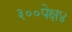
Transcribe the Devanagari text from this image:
३००पेक्ष४